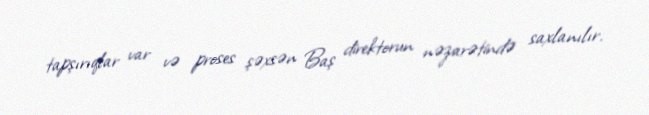
tapşırıqlar var və proses şəxsən Baş direktorun nəzarətində saxlanılır.